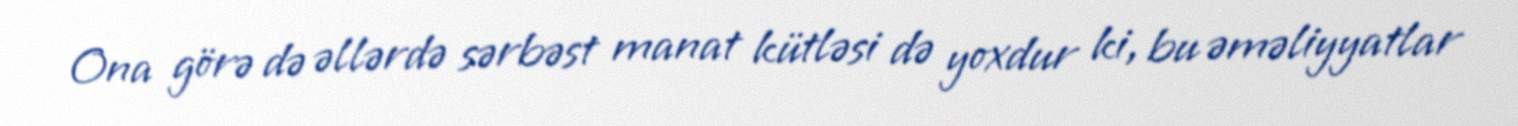
Ona görə də əllərdə sərbəst manat kütləsi də yoxdur ki, bu əməliyyatlar